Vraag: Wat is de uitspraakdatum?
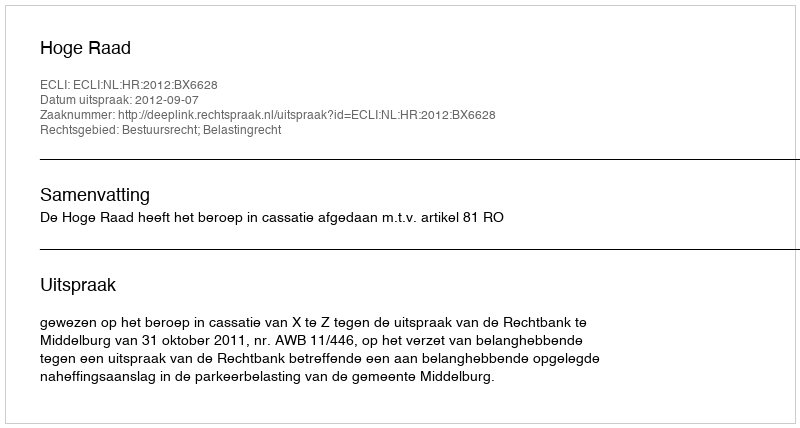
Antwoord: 2012-09-07